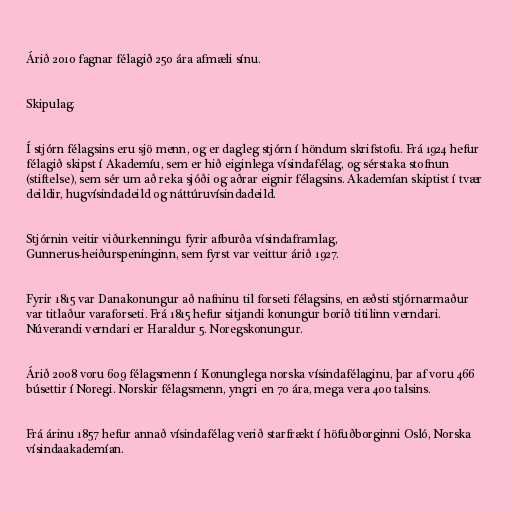
Árið 2010 fagnar félagið 250 ára afmæli sínu.

Skipulag.

Í stjórn félagsins eru sjö menn, og er dagleg stjórn í höndum skrifstofu. Frá 1924 hefur
félagið skipst í Akademíu, sem er hið eiginlega vísindafélag, og sérstaka stofnun
(stiftelse), sem sér um að reka sjóði og aðrar eignir félagsins. Akademían skiptist í tvær
deildir, hugvísindadeild og náttúruvísindadeild.

Stjórnin veitir viðurkenningu fyrir afburða vísindaframlag,
Gunnerus-heiðurspeninginn, sem fyrst var veittur árið 1927.

Fyrir 1815 var Danakonungur að nafninu til forseti félagsins, en æðsti stjórnarmaður
var titlaður varaforseti. Frá 1815 hefur sitjandi konungur borið titilinn verndari.
Núverandi verndari er Haraldur 5. Noregskonungur.

Árið 2008 voru 609 félagsmenn í Konunglega norska vísindafélaginu, þar af voru 466
búsettir í Noregi. Norskir félagsmenn, yngri en 70 ára, mega vera 400 talsins.

Frá árinu 1857 hefur annað vísindafélag verið starfrækt í höfuðborginni Osló, Norska
vísindaakademían.